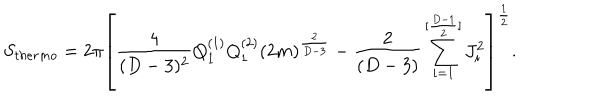
S _ { t h e r m o } = 2 \pi \left[ { \frac { 4 } { ( D - 3 ) ^ { 2 } } } Q _ { 1 } ^ { ( 1 ) } Q _ { 1 } ^ { ( 2 ) } ( 2 m ) ^ { \frac { 2 } { D - 3 } } - { \frac { 2 } { ( D - 3 ) } } \sum _ { i = 1 } ^ { [ { \frac { D - 1 } { 2 } } ] } J _ { i } ^ { 2 } \right] ^ { \frac { 1 } { 2 } } .